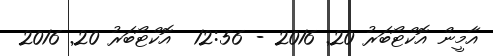
އާމީން އޮކްޓޯބަރު 20